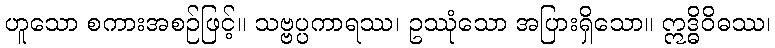
ဟူသော စကားအစဉ်ဖြင့်။ သဗ္ဗပ္ပကာရဿ၊ ဥဿုံသော အပြားရှိသော။ ဣဒ္ဓိဝိဓဿ၊